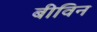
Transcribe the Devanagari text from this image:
बीविन